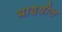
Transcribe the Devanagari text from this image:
बाइडील